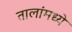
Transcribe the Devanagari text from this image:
तालांमध्ये